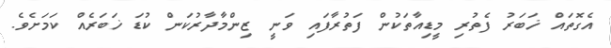
އެގޮތައް ޚަބަރު ފެތުރި މީޑިއާތަކުން ފަތުރާފައި ވަނީ ޒިންމާދާރުކަން ކުޑަ ޚަބަރެއް ކަމަށެވެ.